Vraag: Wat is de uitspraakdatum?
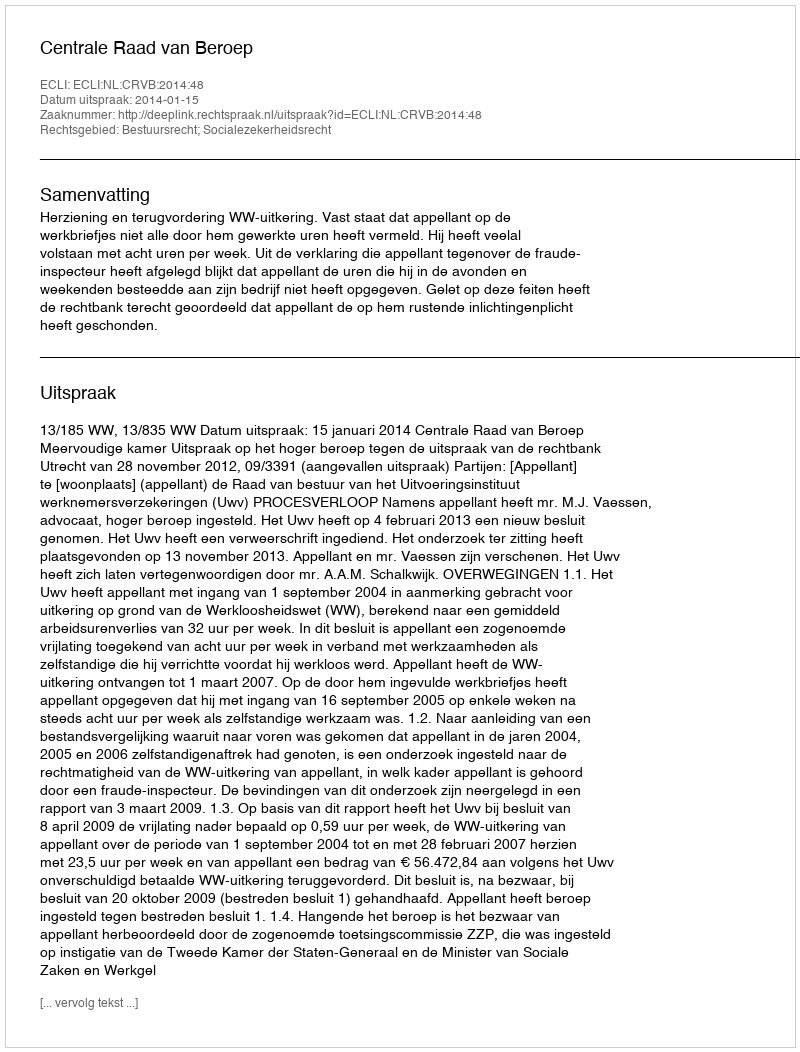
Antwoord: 2014-01-15